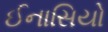
ઈનાસિયો